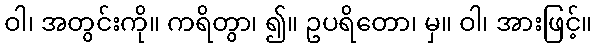
ဝါ၊ အတွင်းကို။ ကရိတွာ၊ ၍။ ဥပရိတော၊ မှ။ ဝါ၊ အားဖြင့်။